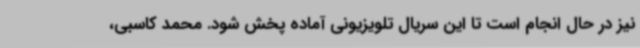
نیز در حال انجام است تا این سریال تلویزیونی آماده پخش شود. محمد کاسبی،